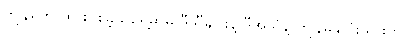
ကျွန်မကို ထားပစ်ခဲ့သူရှေ့မှာမှ ဒီသီချင်းနဲ့ ဒီအသံနဲ့ ကျွန်မနှလုံးသားကို